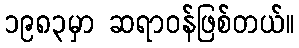
၁၉၈၃မှာ ဆရာဝန်ဖြစ်တယ်။